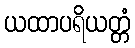
ယထာပရိယတ္တံ